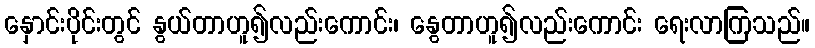
နှောင်းပိုင်းတွင် နွယ်တာဟူ၍လည်းကောင်း၊ နွေတာဟူ၍လည်းကောင်း ရေးလာကြသည်။